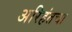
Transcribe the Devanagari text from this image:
अरिहंतचा